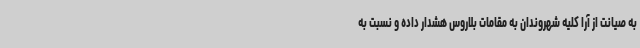
به صیانت از آرا کلیه شهروندان به مقامات بلاروس هشدار داده و نسبت به